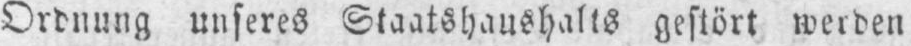
Ordnung unseres Staatshaushalts gestört werden